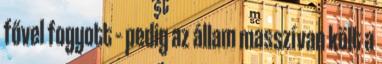
fővel fogyott – pedig az állam masszívan költ a